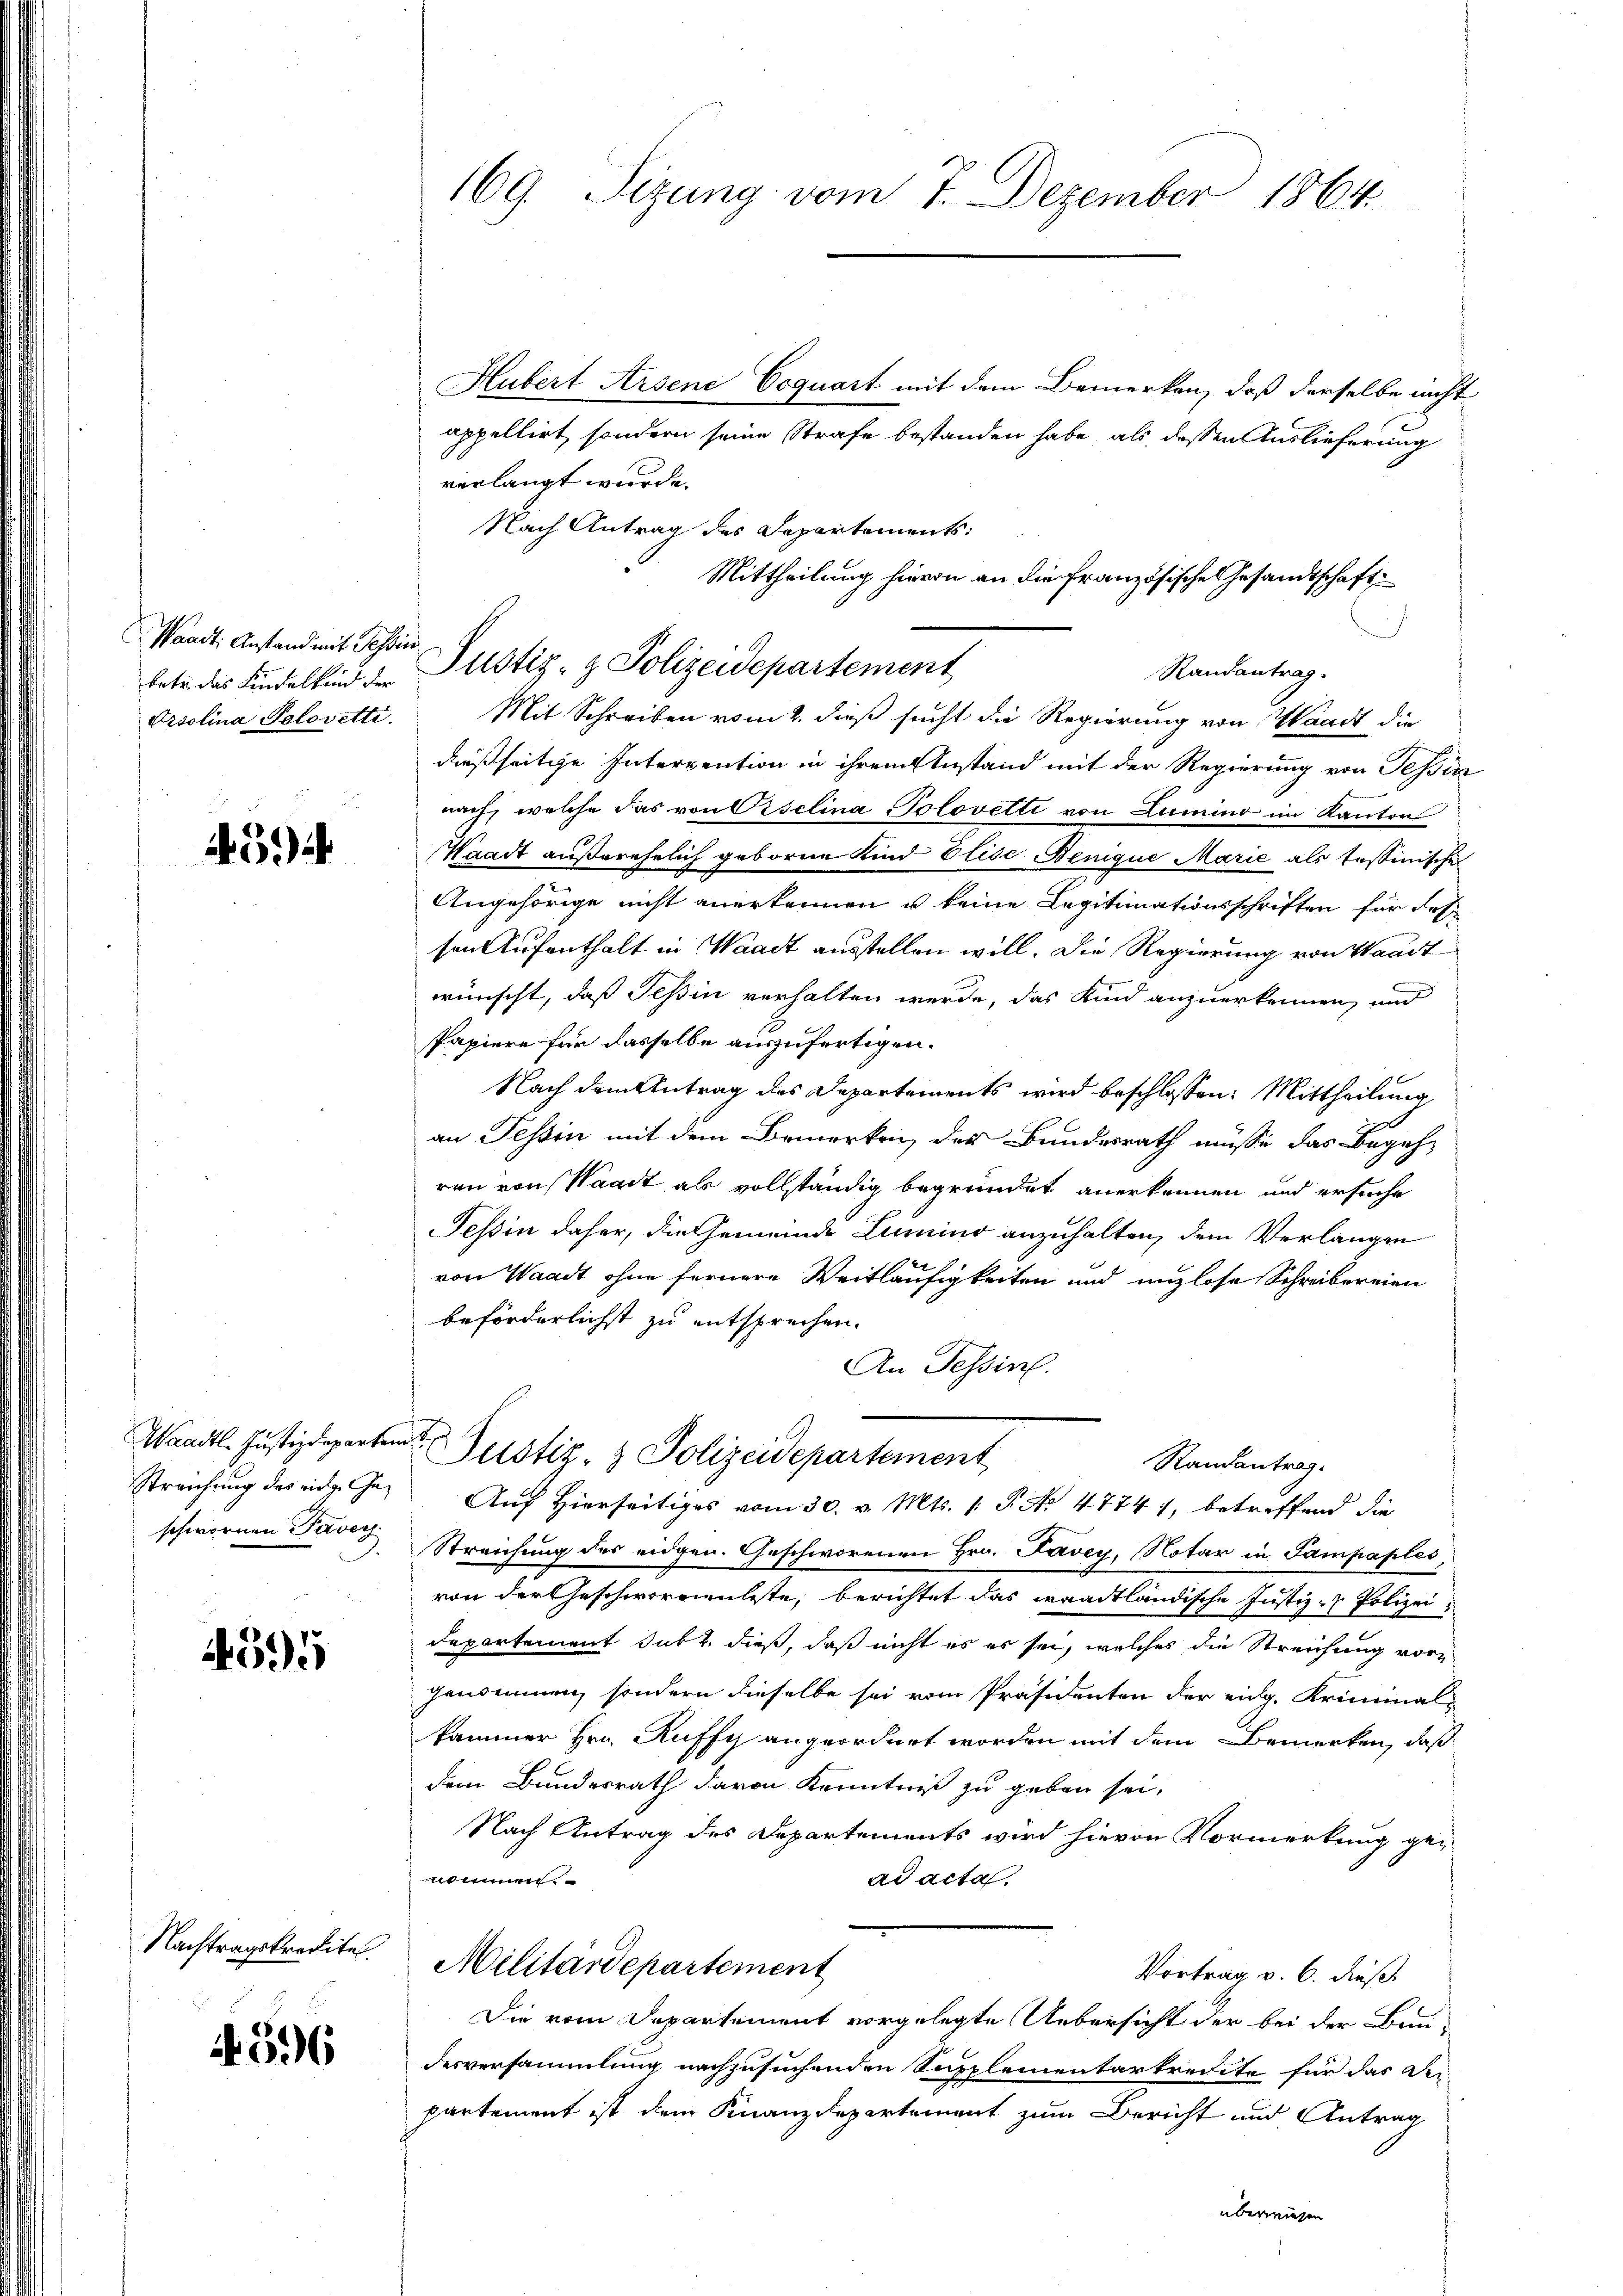
Waadt, Anstand mit Tessin
Ortolina Polovetti.

4594

Waadt- Justizdeparten
Streichung des einer Geschwornen Paver

4595

Nachtragskredite

596

169. Sizung vom 7. Dezember 1864.

Hubert Arsene Coquart mit dem Bemerken, daß derselbe nicht
appellirt, sondern seine Strafe bestanden habe, als dessen Auslieferung
verlangt wurde.
Mit Schreiben vom 2. dieß sucht die Regierung von Waadt die
dießseitige Intervention in ihrem Anstand mit der Regierung von Tessin
ach, welche das von Piselina Polovetti von Lumino im Kanton
Waadt außerehelich geborne Kind Elise Benique Marie als tessinische
Angehörige nicht anerkennen u keine Legitimationsschriften für des
sen Aufenthalt in Waadt ausstellen will. Die Regierung von Waadt
wünscht, daß Tessin verhalten werde, das Kind anzuerkennen, und
Papiere für dasselbe auszufertigen.
Nach dem Antrag des Departements wird beschlossen: Mittheilung
an Tessin mit dem Bemerken des Bundesrath müsse das Begeh-
ren von Waadt als vollständig begründet anerkennen und ersuche
Tessin daher, die Gemeinde Lumino anzuhalten, dem Verlangen
von Waadt ohne fernere Weitläufigkeiten und unzlose Schreibereien
beförderlichst zu entsprechen.
An Tessin.
Justiz- & Polizeidepartement
Randantrag.
Auf Hierseitiges vom 30. v. Mts. 1 P. Nr. 47741, betreffend die
Streichung des eidgen. Geschworenen Hrn. Favey, Notar in Sampaples,
von der Geschwornenbeste, berichtet das waadtländische Justiz- & Polizeidepartement subt dieß, daß nicht es es sei, welches die Streichung vorgenommen, sondern dieselbe sei vom Präsidenten der eidg. Kriminal-
kammer Hrn. Ruffy angeordnet worden mit dem Bemerken, daß
dem Bundesrath davon Kenntniß zu geben sei,
Nach Antrag des Departements wird hievon Vormerkung gewinnen
ad acta.
Militärdepartement
Vortrag v. 6. dieß.
Die vom Departement vorgelegte Uebersicht der bei der Bau-
desversammlung nachzusuchenden Supplementarkredite für das Dei-
partement ist dem Finanzdepartement zum Bericht und Antrag
überwiesen

Nach Antrag des Departements
Mittheilung hievon an die Französische Gesandtschaft
.
Randantrag.
betr. das Kindelkind der Justiz- & Polizeidepartement